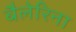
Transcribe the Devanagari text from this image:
बैलेरिना